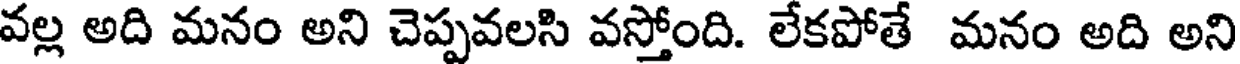
వల్ల అది మనం అని చెప్పవలసి వస్తోంది. లేకపోతే మనం అది అని